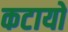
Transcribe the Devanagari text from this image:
कटायो